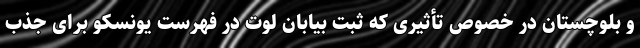
و بلوچستان در خصوص تأثیری که ثبت بیابان لوت در فهرست یونسکو برای جذب